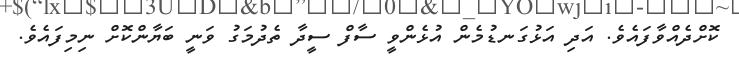
ކޮށްދެއްވާފައެވެ. އަދި އަޅުގަނޑުމެން އުޅެންވީ ސާފް ސީދާ ތެދުމަގު ވަނީ ބަޔާންކޮށް ނިމިފައެވެ.